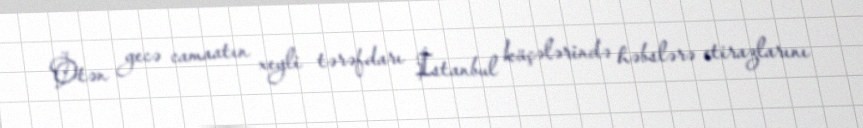
Ötən gecə camaatın xeyli tərəfdarı İstanbul küçələrində həbslərə etirazlarını